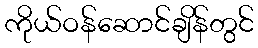
ကိုယ်ဝန်ဆောင်ချိန်တွင်